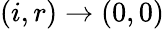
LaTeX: (i,r)\to(0,0)